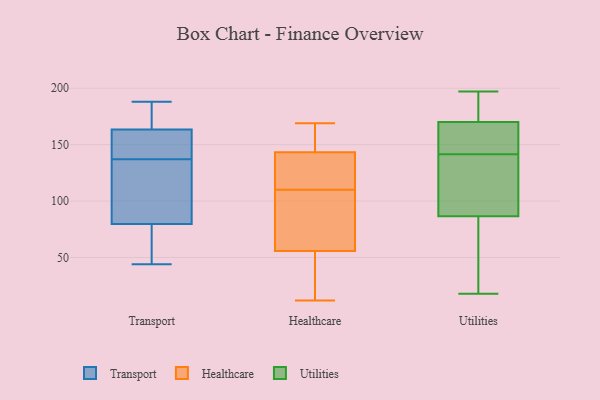
{"axis": {"x": "Budget (USD K)", "y": "Value"}, "legend": ["Healthcare", "Transport", "Utilities"], "data": [{"x": "", "y": 155, "type": "Transport"}, {"x": "", "y": 159, "type": "Transport"}, {"x": "", "y": 76, "type": "Transport"}, {"x": "", "y": 148, "type": "Transport"}, {"x": "", "y": 187, "type": "Transport"}, {"x": "", "y": 120, "type": "Transport"}, {"x": "", "y": 188, "type": "Transport"}, {"x": "", "y": 184, "type": "Transport"}, {"x": "", "y": 44, "type": "Transport"}, {"x": "", "y": 81, "type": "Transport"}, {"x": "", "y": 177, "type": "Transport"}, {"x": "", "y": 45, "type": "Transport"}, {"x": "", "y": 98, "type": "Transport"}, {"x": "", "y": 153, "type": "Transport"}, {"x": "", "y": 48, "type": "Transport"}, {"x": "", "y": 137, "type": "Transport"}, {"x": "", "y": 117, "type": "Transport"}, {"x": "", "y": 169, "type": "Healthcare"}, {"x": "", "y": 29, "type": "Healthcare"}, {"x": "", "y": 15, "type": "Healthcare"}, {"x": "", "y": 166, "type": "Healthcare"}, {"x": "", "y": 137, "type": "Healthcare"}, {"x": "", "y": 62, "type": "Healthcare"}, {"x": "", "y": 167, "type": "Healthcare"}, {"x": "", "y": 162, "type": "Healthcare"}, {"x": "", "y": 12, "type": "Healthcare"}, {"x": "", "y": 130, "type": "Healthcare"}, {"x": "", "y": 108, "type": "Healthcare"}, {"x": "", "y": 137, "type": "Healthcare"}, {"x": "", "y": 126, "type": "Healthcare"}, {"x": "", "y": 99, "type": "Healthcare"}, {"x": "", "y": 110, "type": "Healthcare"}, {"x": "", "y": 37, "type": "Healthcare"}, {"x": "", "y": 95, "type": "Healthcare"}, {"x": "", "y": 168, "type": "Utilities"}, {"x": "", "y": 124, "type": "Utilities"}, {"x": "", "y": 74, "type": "Utilities"}, {"x": "", "y": 23, "type": "Utilities"}, {"x": "", "y": 99, "type": "Utilities"}, {"x": "", "y": 169, "type": "Utilities"}, {"x": "", "y": 197, "type": "Utilities"}, {"x": "", "y": 18, "type": "Utilities"}, {"x": "", "y": 185, "type": "Utilities"}, {"x": "", "y": 171, "type": "Utilities"}, {"x": "", "y": 154, "type": "Utilities"}, {"x": "", "y": 129, "type": "Utilities"}]}